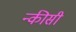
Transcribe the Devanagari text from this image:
न्कीसी